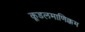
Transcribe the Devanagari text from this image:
कूडलमाणिक्कम